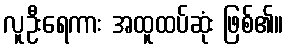
လူဦးရေကား အထူထပ်ဆုံး ဖြစ်၏။